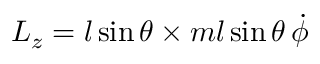
L _ { z } = l \sin \theta \times m l \sin \theta \, { \dot { \phi } }